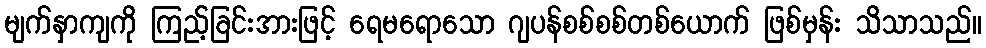
မျက်နှာကျကို ကြည့်ခြင်းအားဖြင့် ရေမရောသော ဂျပန်စစ်စစ်တစ်ယောက် ဖြစ်မှန်း သိသာသည်။